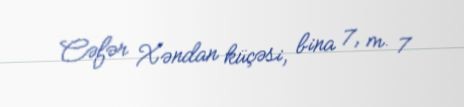
Cəfər Xəndan küçəsi, bina 7, m. 7